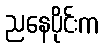
ညနေပိုင်းက